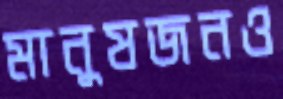
মানুষজনও